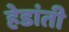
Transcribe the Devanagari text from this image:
हेडांती